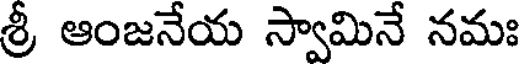
శ్రీ ఆంజనేయ స్వామినే నమః